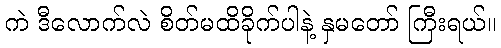
ကဲ ဒီလောက်လဲ စိတ်မထိခိုက်ပါနဲ့ နှမတော် ကြီးရယ်။